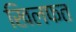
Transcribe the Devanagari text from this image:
खिलफत